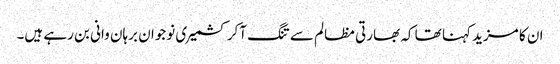
ان کا مزید کہنا تھا کہ بھارتی مظالم سے تنگ آکر کشمیری نوجوان برہان وانی بن رہے ہیں۔